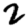
Digit: 2